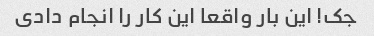
جک! این بار واقعا این کار را انجام دادی